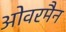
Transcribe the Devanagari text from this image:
ओवरमैन